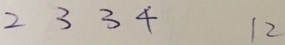
2 3 3 4 1 2